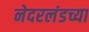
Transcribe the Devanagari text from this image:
नेदरलंडच्या